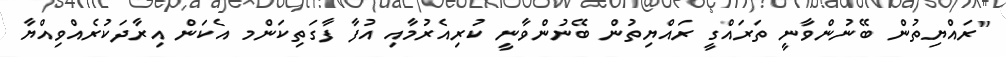
"ރައްޔިތުން ބޭނުންވާނީ ތަރައްގީ ރައްޔިތުން ބޭނުންވާނީ ކުރިއެރުމާއި އުފާ ފާގަތިކަންމ އެކަން އިރާދަކުރެއްވިއްޔާ